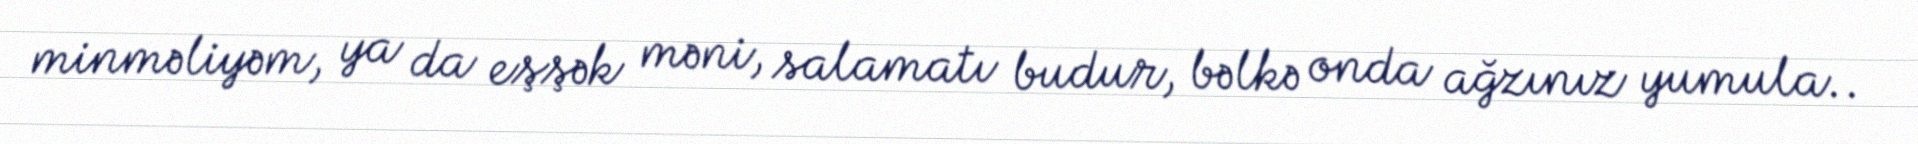
minməliyəm, ya da eşşək məni, salamatı budur, bəlkə onda ağzınız yumula..